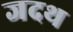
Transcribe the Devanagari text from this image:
जदथ